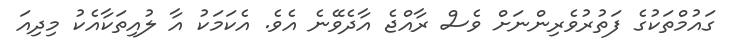
ގައުމްތަކުގެ ފަތުރުވެރިންނަށް ވެސް ރާއްޖެ އާދެވޭނެ އެވެ. އެކަމަކު އާ ލުއިތަކާއެކު މިދިއަ